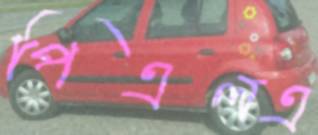
পিএলএ